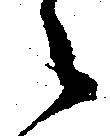
之